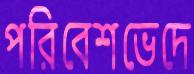
পরিবেশভেদে